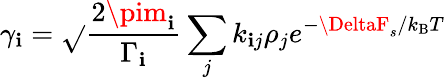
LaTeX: \gamma_{\mathbf{i}}=\sqrt{}{{\frac{{2\pim_{\mathbf{i}}}}{{\Gamma_{\mathbf{i}}}}\sum_{j}k_{\mathbf{i}j}\rho_{j}}}e^{-\DeltaF_{s}/k_{\mathrm{{B}}}T}